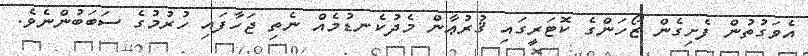
އެވަގުތުން ފެށިގެން ޒޯހަންގެ ކޮޓަރީގައި ޤުރުޢާން މެދުކެނޑުމެއް ނެތި ޖަހާފައި ހުރުމުގެ ސަބަބުންނެވެ.